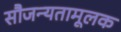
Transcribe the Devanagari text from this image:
सौजन्यतामूलक